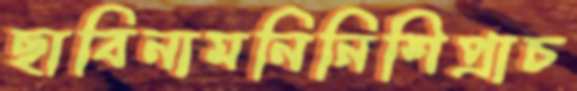
ছাবিনামনিনিশিপ্রাচ